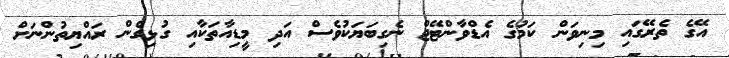
އޭގެ ތެރޭގައި މިނިވަން ކަމުގެ އެޑްވާންޓޭޖް ނެގިބަޔަކުވެސް އަދި މީޑިއާތަކާއި ގުޅިގެން ރައްޔިތުންނަށް